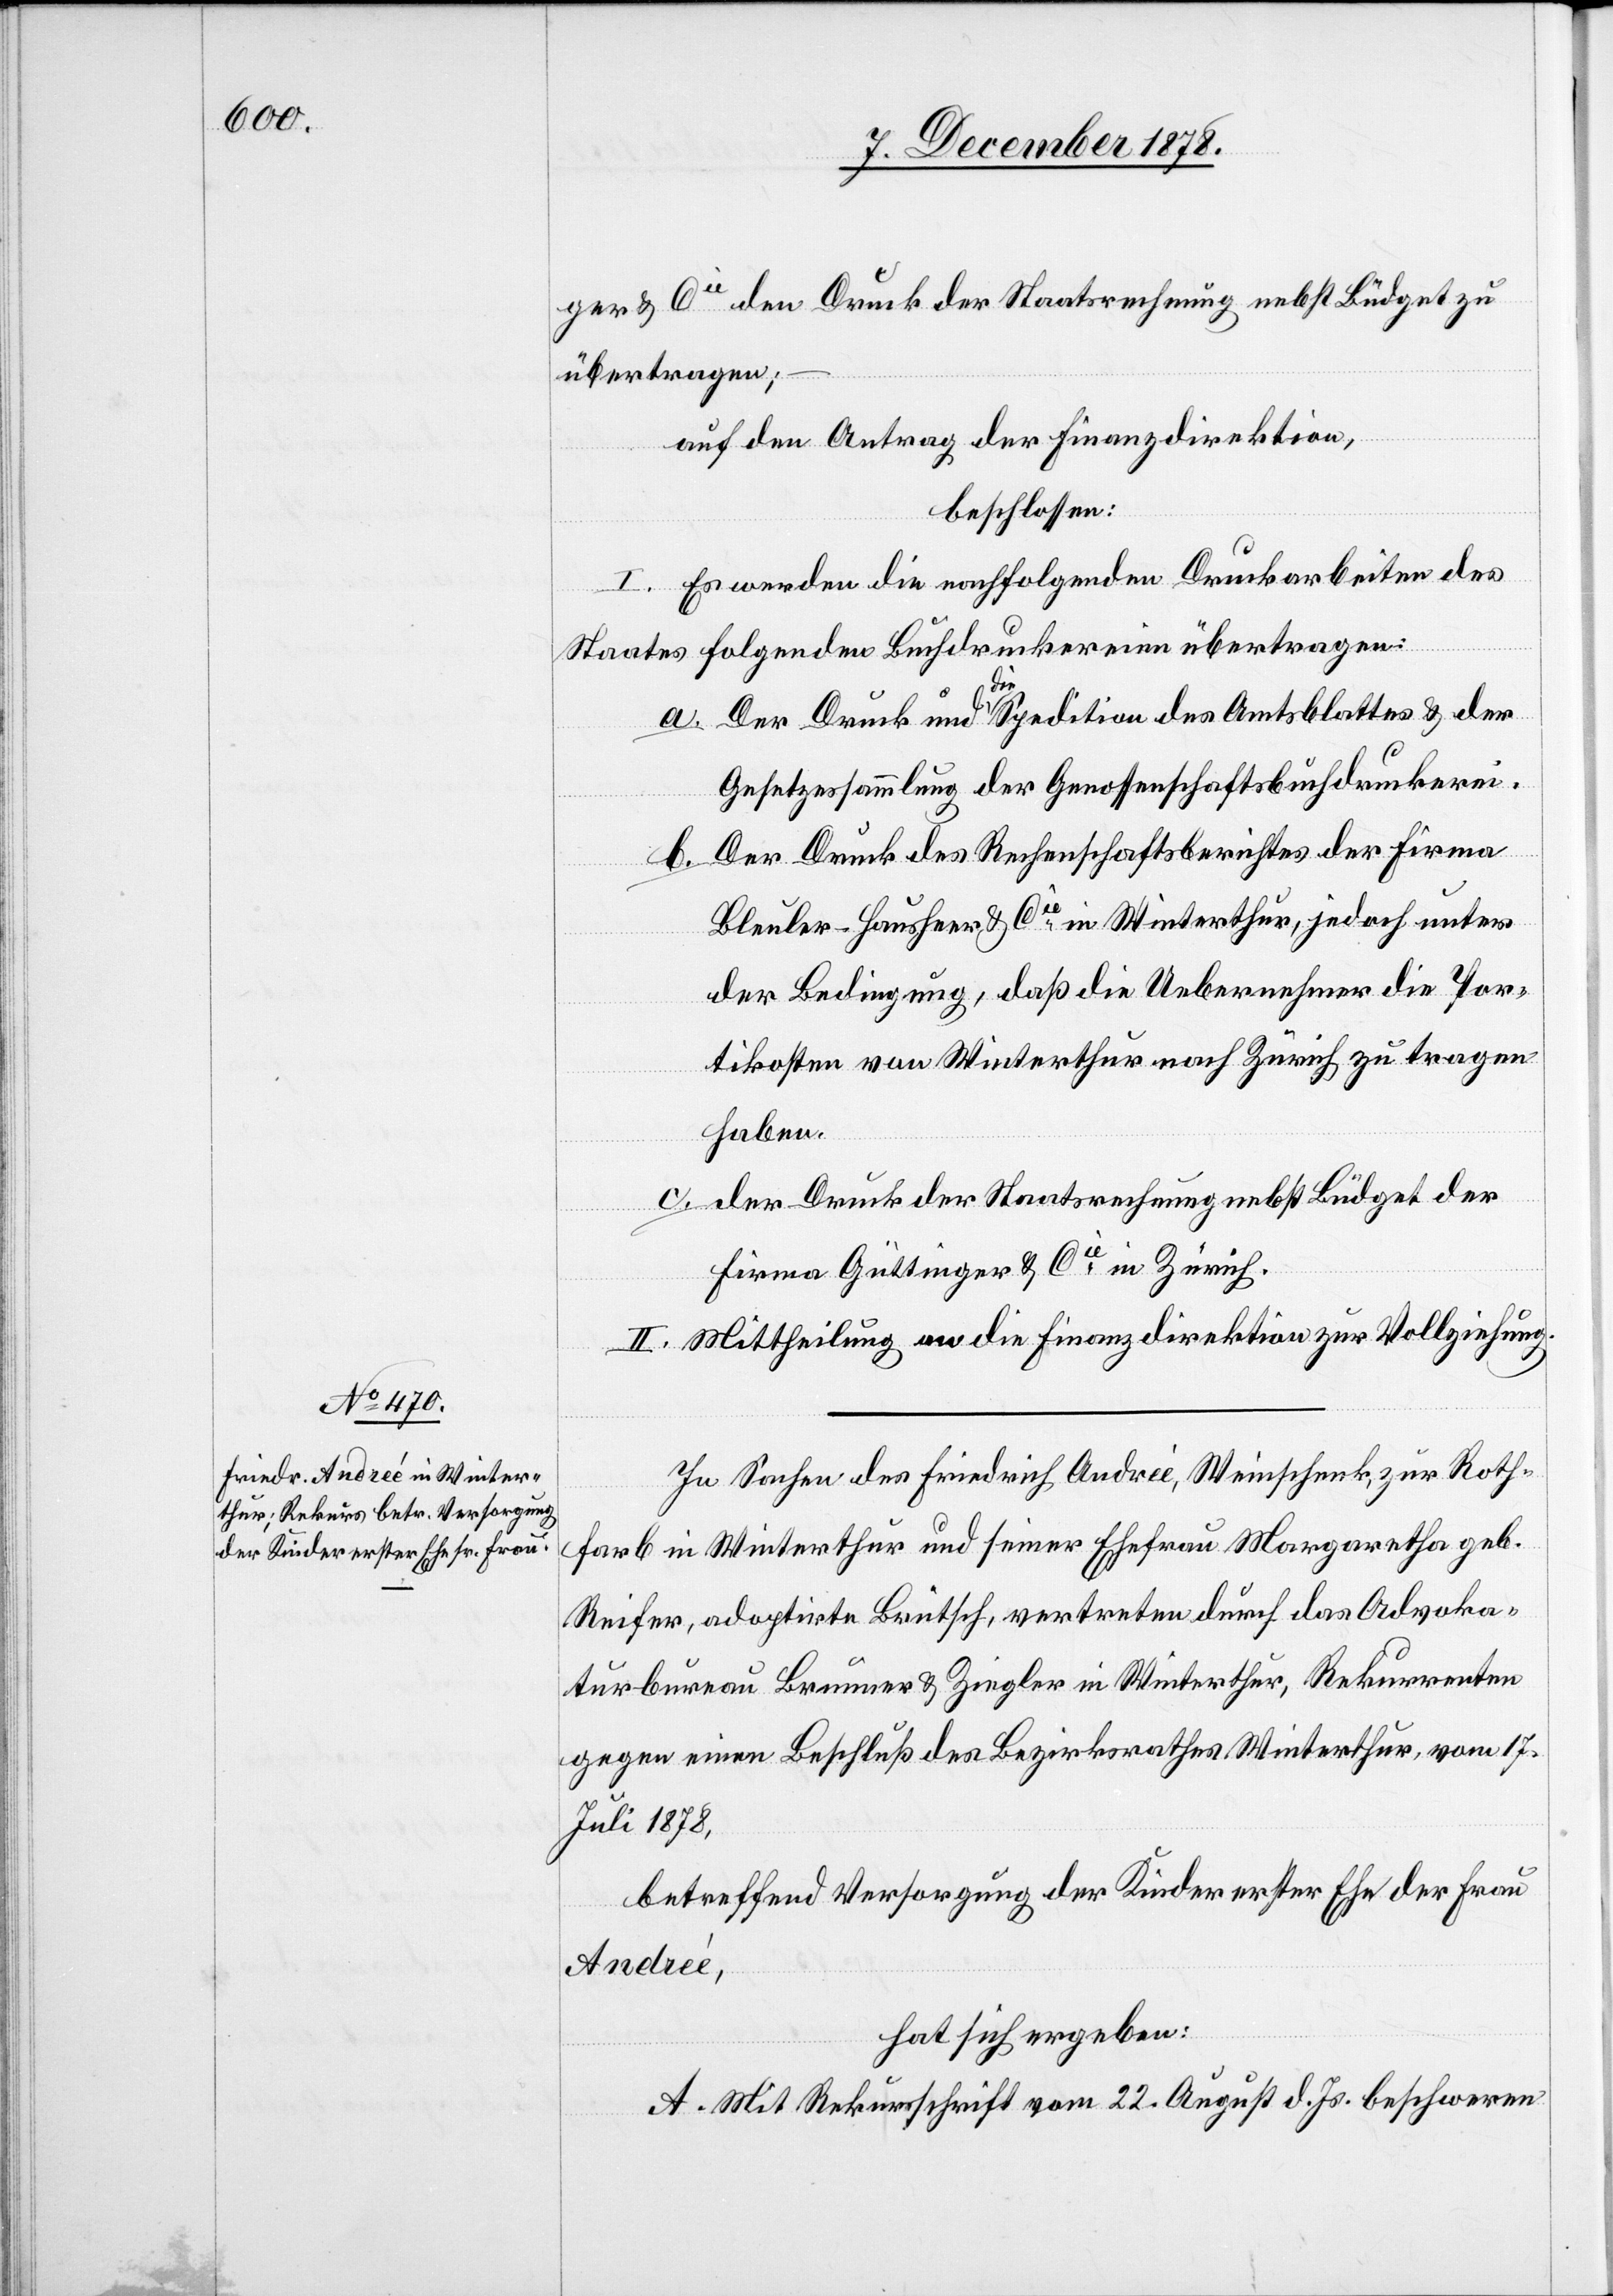
ger & Cie den Druck der Staatsrechnung nebst Büdget zu
übertragen;
auf den Antrag der Finanzdirektion,
beschlossen:
I. Es werden die nachfolgenden Druckarbeiten des
Staates folgenden Buchdruckereien übertragen:
Der Druck und die Spedition des Amtsblattes & der
Gesetzessammlung der Genossenschaftsbuchdruckerei.
Der Druck des Rechenschaftsberichtes der Firma
Bleuler-Hausheer & Cie in Winterthur, jedoch unter
der Bedingung, daß die Uebernehmer die Por¬
tikosten von Winterthur nach Zürich zu tragen
haben.
der Druck der Staatsrechnung nebst Büdget der
Firma Güttinger & Cie in Zürich.
II. Mittheilung an die Finanzdirektion zur Vollziehung.
In Sachen des Friedrich Andreè [sic!], Weinschenk, zur Roth¬
farb in Winterthur und seiner Ehefrau Margaretha geb.
Reifer, adoptirte Brütsch, vertreten durch das Advoka¬
turbureau Brunner & Ziegler in Winterthur, Rekurrenten
gegen einen Beschluß des Bezirksrathes Winterthur, vom 17.
Juli 1878,
betreffend Versorgung der Kinder erster Ehe der Frau
Andreé,
hat sich ergeben:
A. Mit Rekursschrift vom 22. August d. Js. beschweren